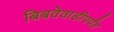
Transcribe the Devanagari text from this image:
बिबवेवाडीपर्यंत